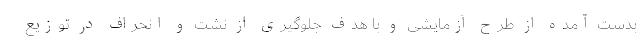
بدست آمده از طرح آزمایشی و با هدف جلوگیری از نشت و انحراف در توزیع